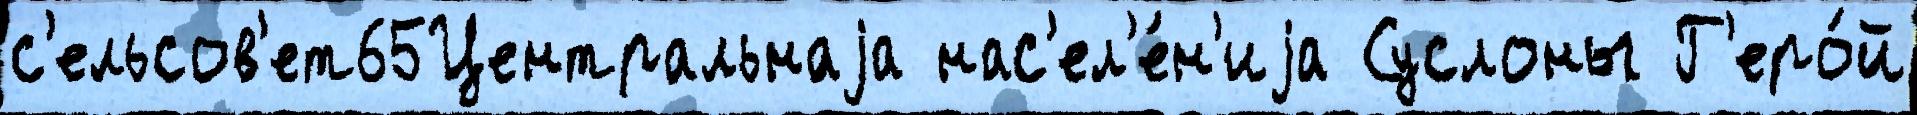
с'ельсов'ет65Центральнаjа нас'ел'е́н'иjа Суслоны Г'еро́й